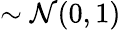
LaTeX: \sim\mathcal{N}(0,1)